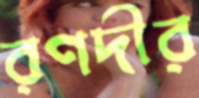
রণদীর